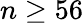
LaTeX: n\geq 56